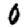
Digit: 0